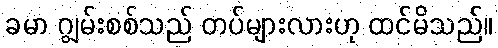
ခမာ ဂျွမ်းစစ်သည် တပ်များလားဟု ထင်မိသည်။